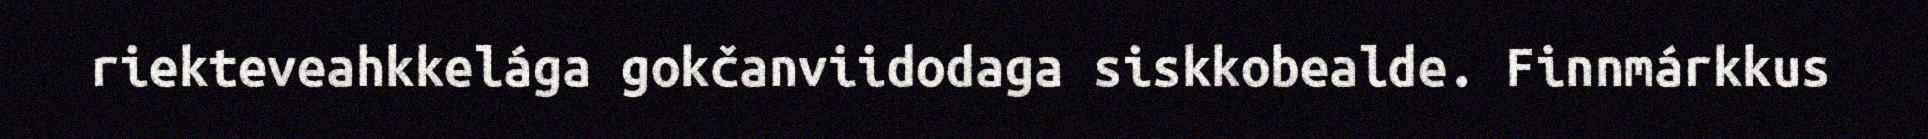
riekteveahkkelága gokčanviidodaga siskkobealde. Finnmárkkus